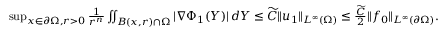
\begin{array} { r } { \operatorname* { s u p } _ { x \in \partial \Omega , r > 0 } \frac { 1 } { r ^ { n } } \iint _ { B ( x , r ) \cap \Omega } | \nabla \Phi _ { 1 } ( Y ) | \, d Y \le \widetilde { C } \| u _ { 1 } \| _ { L ^ { \infty } ( \Omega ) } \le \frac { \widetilde { C } } { 2 } \| f _ { 0 } \| _ { L ^ { \infty } ( \partial \Omega ) } . } \end{array}